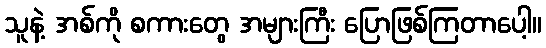
သူနဲ့ အစ်ကို စကားတွေ အများကြီး ပြောဖြစ်ကြတာပေါ့။